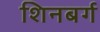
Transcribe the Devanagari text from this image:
शिनबर्ग